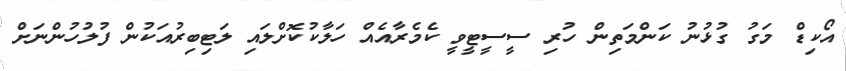
އޯކިޑް މަގު ގުޅުނު ކަންމަތިން ހުރި ސީސީޓީވީ ކެމެރާއެއް ހަލާކުކޮށްލައި ލަޓިބިރުއަކުން ފުލުހުންނަށް